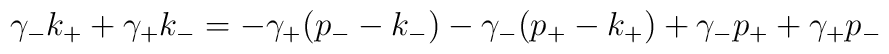
\gamma_- k_+ + \gamma_+ k_- = - \gamma_+ (p_- - k_-) - \gamma_- (p_+ - k_+) + \gamma_- p_+ + \gamma_+ p_- \nonumber